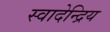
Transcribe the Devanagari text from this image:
स्वादेन्द्रिय